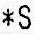
*S